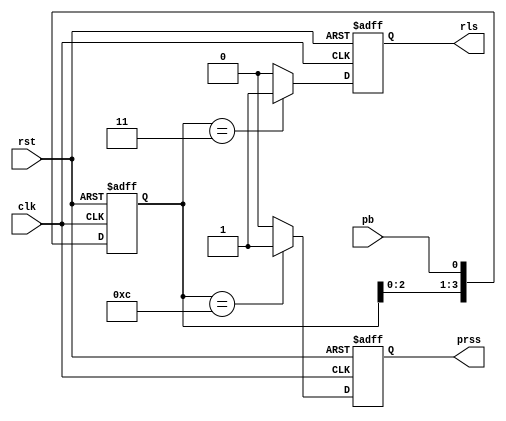
module pbEdge(
	input 		clk,
	input 		rst,
	input 		pb,
	output reg 	prss,
	output reg 	rls);

reg [3:0]deb;
always @(posedge clk or negedge rst)
	begin
		if(!rst)begin
			prss<='b0;
			rls<='b0;
			deb<='b0;
		end else begin
			deb[0]<=pb;
			deb[1]<=deb[0];
			deb[2]<=deb[1];
			deb[3]<=deb[2];
			if(deb==4'b1100)begin
					prss<=1'b1;
			end else begin
				prss<=1'b0;
			end
			if(deb==4'b0011)begin
					rls<=1'b1;
			end else begin
				rls<=1'b0;
			end
		end
	end
	
endmodule